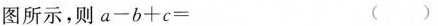
图所示，则$$a - b + c = ( )$$